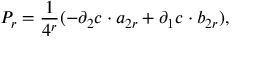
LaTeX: { \cal P } _ { r } = \frac { 1 } { 4 ^ { r } } ( - \partial _ { 2 } c \cdot a _ { 2 r } + \partial _ { 1 } c \cdot b _ { 2 r } ) ,